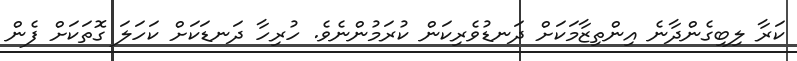
ކަރާ ލިބިގެންދާނެ އިންތިޒާމަކަށް ދަނޑުވެރިކަން ކުރަމުންނެވެ. ހުރިހާ ދަނޑަކަށް ކަހަލަ ގޮތަކަށް ފެން